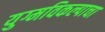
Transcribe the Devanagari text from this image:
युग्मविकल्पाचा